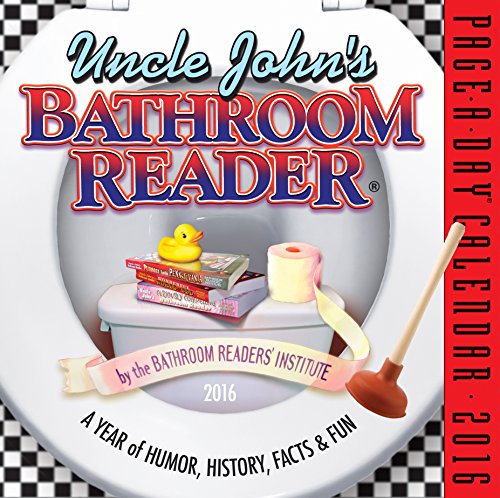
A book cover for Uncle John's Bathroom Reader Page-A-Day Calendar 2016; Bathroom Reader's Institute; Calendars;